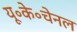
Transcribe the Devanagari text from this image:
यू॰के॰चेनल